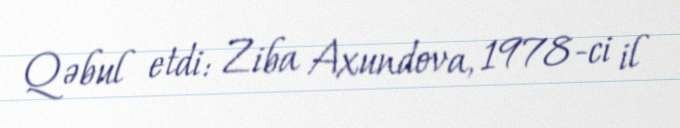
Qəbul etdi: Ziba Axundova, 1978-ci il